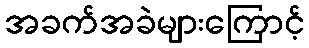
အခက်အခဲများကြောင့်